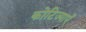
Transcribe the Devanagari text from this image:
कोटिज्याएँ